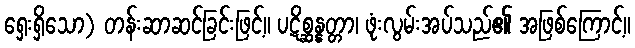
ရှေးရှိသော) တန်းဆာဆင်ခြင်းဖြင့်။ ပဋိစ္ဆန္နတ္တာ၊ ဖုံးလွမ်းအပ်သည်၏ အဖြစ်ကြောင့်။